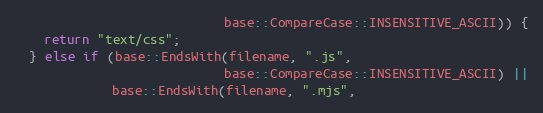
Language: C++
                            base::CompareCase::INSENSITIVE_ASCII)) {
    return "text/css";
  } else if (base::EndsWith(filename, ".js",
                            base::CompareCase::INSENSITIVE_ASCII) ||
             base::EndsWith(filename, ".mjs",